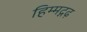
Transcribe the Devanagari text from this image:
हिम्मद्गढ़